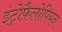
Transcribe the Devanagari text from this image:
इंट्रोफ़ैलोपियन